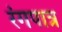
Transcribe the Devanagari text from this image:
रंगपात्र